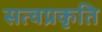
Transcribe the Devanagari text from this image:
सत्वप्रकृति